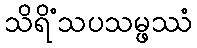
သိရိံသပသမ္ဖဿံ